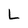
Character: L